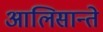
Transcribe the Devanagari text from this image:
आलिसान्ते